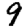
Digit: 9